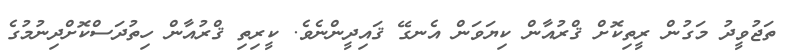
ތަޖުވީދު މަގުން ރީތިކޮށް ޤްރުއާން ކިޔަވަން އެނގޭ ޤައިދީންނެވެ. ކީރިތި ޤްރުއާން ހިތުދަސްކޮށްދިނުމުގެ